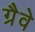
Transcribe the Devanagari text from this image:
ग्रैवे